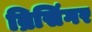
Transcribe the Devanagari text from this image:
ब्रिसिंगर